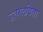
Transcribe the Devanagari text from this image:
उत्पलविता